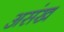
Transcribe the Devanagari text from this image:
असंख